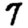
Digit: 7